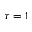
\tau = 1